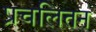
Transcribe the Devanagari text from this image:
प्रचलितन